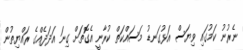
ނެރުނު ކަމުގައި ވިޔަސް އަޅުގަނޑު މަސައްކަތް ކުރާނީ އެގޮތަށް ގިނަ އަދަދެއްގެ ރައްޔިތުން